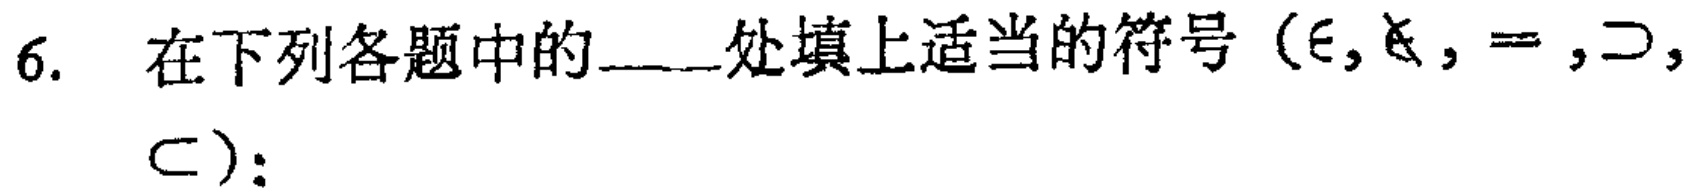
6. 在下列各题中的____处填上适当的符号（$\in$, $\notin$, $=$, $\supset$, $\subset$）：